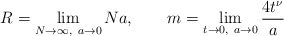
\begin{align*}R=\lim_{N\to\infty,\ a\to 0} Na,\qquad m=\lim_{t\to 0,\ a\to 0}\frac{4t^\nu}{a}\end{align*}